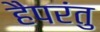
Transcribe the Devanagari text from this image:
हैपरंतु